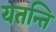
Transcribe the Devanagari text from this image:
यतन्ति